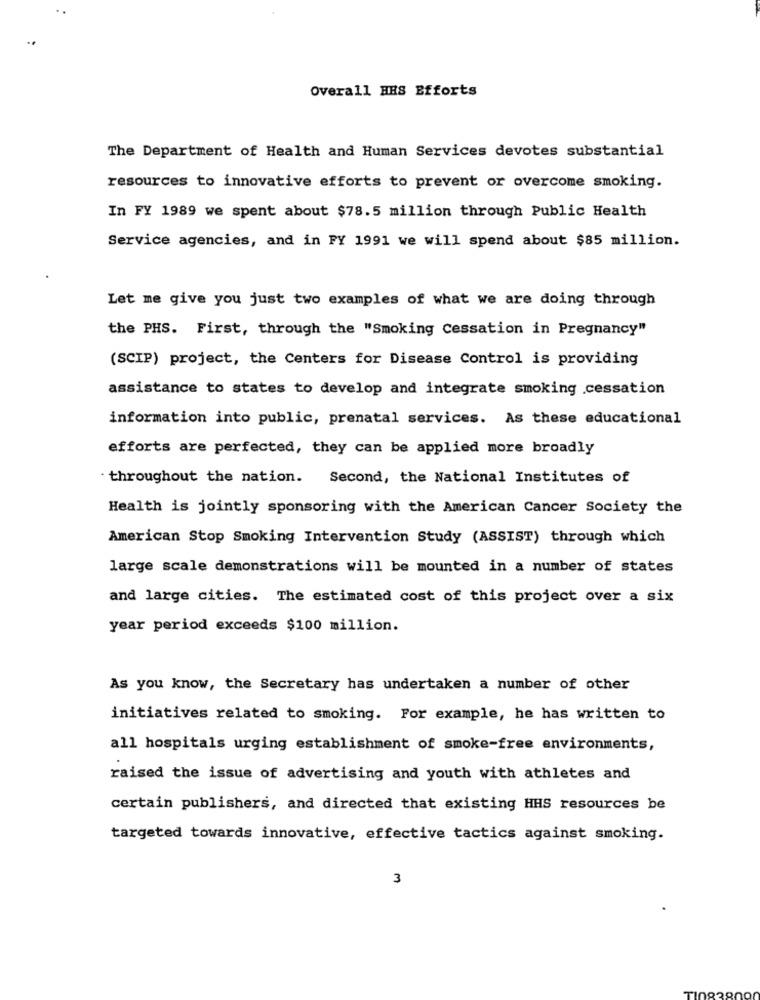
Overall HES Efforts
The Department of Health and Human Services devotes substantial
resources to innovative efforts to prevent or overcome smoking.
In FY 1989 we spent about $78.5 million through Public Health
Service agencies, and in FY 1991 we will spend about $85 million.
Let me give you just two examples of what we are doing through
the PHS. First, through the "Smoking Cessation in Pregnancy"
(SCIP) project, the Centers for Disease Control is providing
assistance to states to develop and integrate smoking cessation
information into public, prenatal services. As these educational
efforts are perfected, they can be applied more broadly
throughout the nation. Second, the National Institutes of
Health is jointly sponsoring with the American Cancer Society the
American Stop Smoking Intervention Study (ASSIST) through which
large scale demonstrations will be mounted in a number of states
and large cities. The estimated cost of this project over a six
year period exceeds $100 million.
As you know, the Secretary has undertaken a number of other
initiatives related to smoking. For example, he has written to
all hospitals urging establishment of smoke-free environments,
raised the issue of advertising and youth with athletes and
certain publishers, and directed that existing HHS resources be
targeted towards innovative, effective tactics against smoking.
3